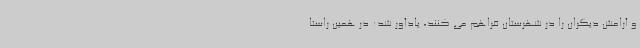
و آرامش دیگران را در شهرستان فراهم می کنند، یادآور شد: در همین راستا